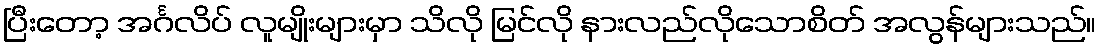
ပြီးတော့ အင်္ဂလိပ် လူမျိုးများမှာ သိလို မြင်လို နားလည်လိုသောစိတ် အလွန်များသည်။